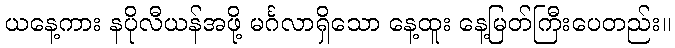
ယနေ့ကား နပိုလီယန်အဖို့ မင်္ဂလာရှိသော နေ့ထူး နေ့မြတ်ကြီးပေတည်း။